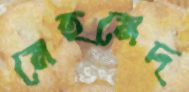
মেহমেদ